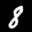
Label: 8